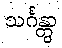
သင်္ဂန္တွာ